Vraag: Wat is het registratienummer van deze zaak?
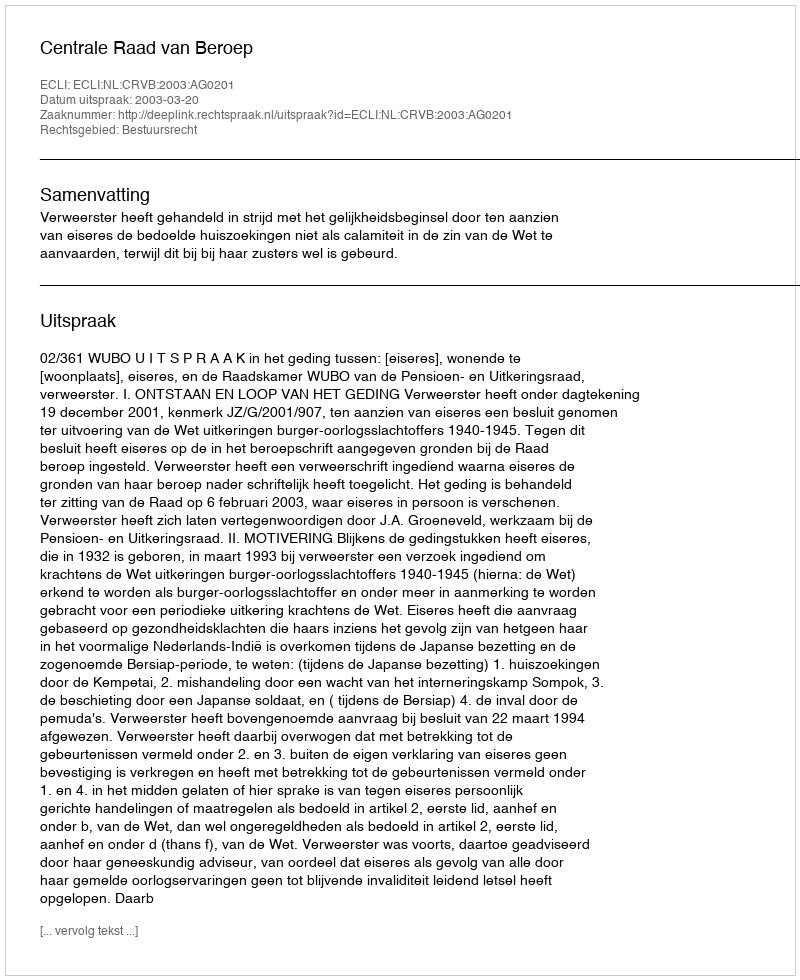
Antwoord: http://deeplink.rechtspraak.nl/uitspraak?id=ECLI:NL:CRVB:2003:AG0201